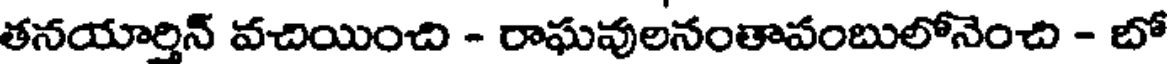
తనయార్తిన్ వచియించి - రాఘవులనంతావంబులోనెంచి - బో